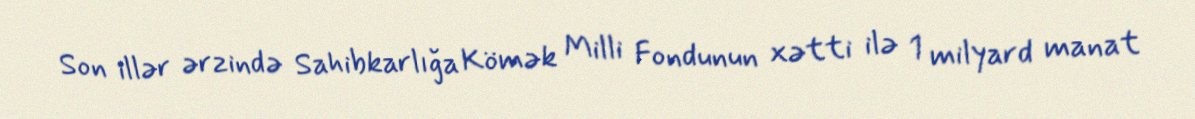
Son illər ərzində Sahibkarlığa Kömək Milli Fondunun xətti ilə 1 milyard manat